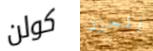
كولن المحزن